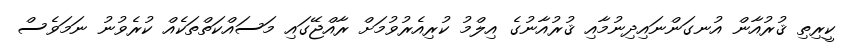
ކީރިތި ޤުރުއާން އުނގަންނައިދިނުމާއި ޤުރުއާނުގެ އިލްމު ކުރިއެރުވުމަށް ރާއްޖޭގައި މަސައްކަތްތަކެއް ކުރެވުނު ނަމަވެސް